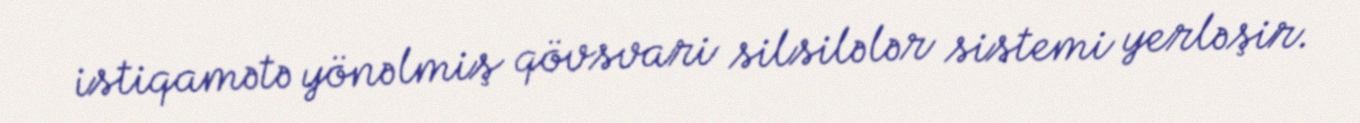
istiqamətə yönəlmiş qövsvari silsilələr sistemi yerləşir.